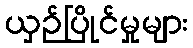
ယှဉ်ပြိုင်မှုများ